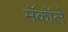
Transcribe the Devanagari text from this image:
मॅकॉले